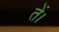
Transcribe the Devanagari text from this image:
तें।